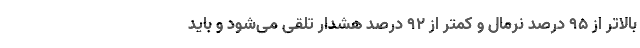
بالاتر از ۹۵ درصد نرمال و کمتر از ۹۲ درصد هشدار تلقی می‌شود و باید